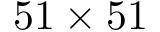
5 1 \times 5 1